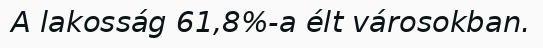
A lakosság 61,8%-a élt városokban.